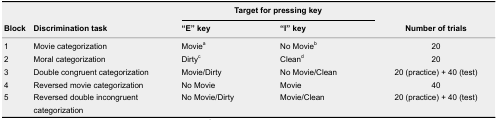
<table><thead><tr><td rowspan="2"><b>Block</b></td><td rowspan="2"><b>Discrimination task</b></td><td colspan="2"><b>Target for pressing key</b></td><td rowspan="2"><b>Number of trials</b></td></tr><tr><td><b>“E” key</b></td><td><b>“I” key</b></td></tr></thead><tbody><tr><td>1</td><td>Movie categorization</td><td>Movie<sup>a</sup></td><td>No Movie<sup>b</sup></td><td>20</td></tr><tr><td>2</td><td>Moral categorization</td><td>Dirty<sup>c</sup></td><td>Clean<sup>d</sup></td><td>20</td></tr><tr><td>3</td><td>Double congruent categorization</td><td>Movie/Dirty</td><td>No Movie/Clean</td><td>20 (practice) + 40 (test)</td></tr><tr><td>4</td><td>Reversed movie categorization</td><td>No Movie</td><td>Movie</td><td>40</td></tr><tr><td>5</td><td>Reversed double incongruent categorization</td><td>No Movie/Dirty</td><td>Movie/Clean</td><td>20 (practice) + 40 (test) </td></tr></tbody></table>